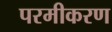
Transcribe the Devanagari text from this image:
परमीकरण